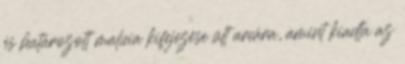
és határozott malícia kifejezése ült arcára, amint kiadta az